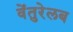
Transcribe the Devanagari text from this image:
वेंतुरेलब